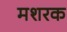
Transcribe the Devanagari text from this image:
मशरक